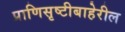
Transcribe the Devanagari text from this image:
प्राणिसृष्टीबाहेरील